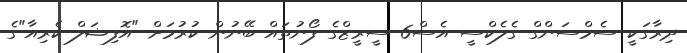
ދިރާގަކީ ސެމްސަންގް ގެލެކްސީ އެސް6 ސީރީޒްގެ ފޯނުތައް ބޭނުން ކުރުމަށް "އޮފިޝަލް ކެރިއާ"ގެ